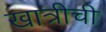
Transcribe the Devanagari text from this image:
खात्रीची